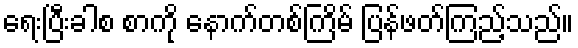
ရေးပြီးခါစ စာကို နောက်တစ်ကြိမ် ပြန်ဖတ်ကြည့်သည်။